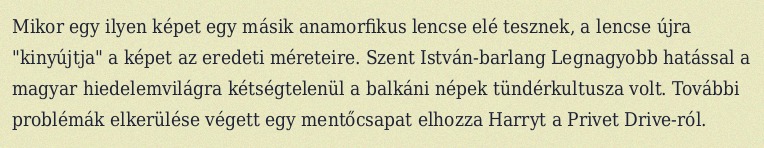
Mikor egy ilyen képet egy másik anamorfikus lencse elé tesznek, a lencse újra "kinyújtja" a képet az eredeti méreteire. Szent István-barlang Legnagyobb hatással a magyar hiedelemvilágra kétségtelenül a balkáni népek tündérkultusza volt. További problémák elkerülése végett egy mentőcsapat elhozza Harryt a Privet Drive-ról.